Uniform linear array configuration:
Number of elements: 48
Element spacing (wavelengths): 0.25
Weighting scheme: hamming
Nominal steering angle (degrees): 60
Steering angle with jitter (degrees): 60.563
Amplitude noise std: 0.05
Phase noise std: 0.05

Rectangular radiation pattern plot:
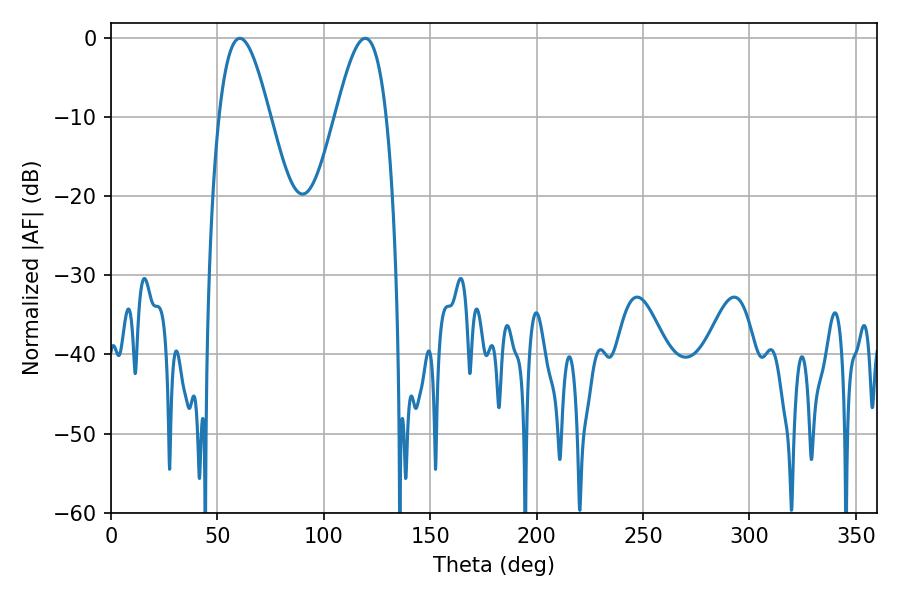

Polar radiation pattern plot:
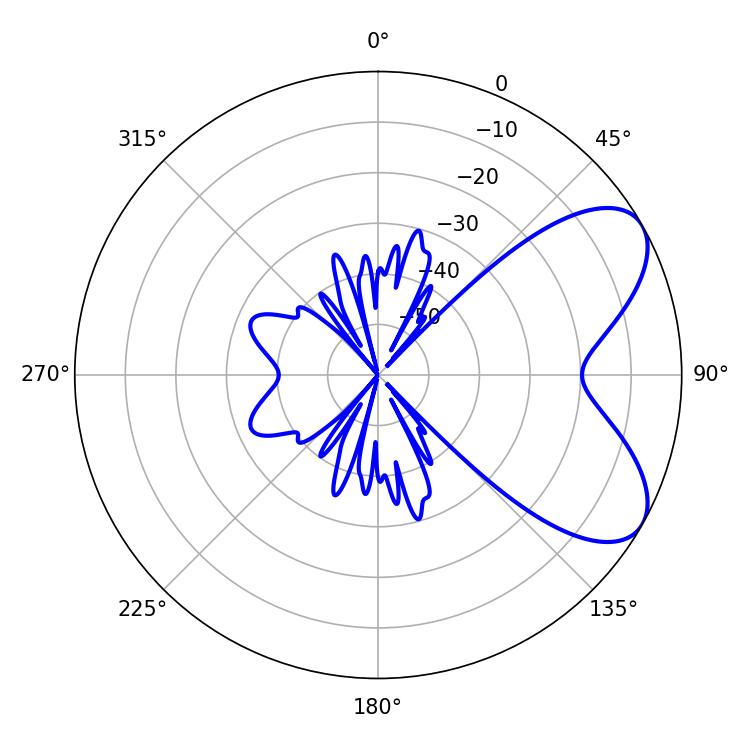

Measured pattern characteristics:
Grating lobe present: FALSE
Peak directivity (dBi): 6.614
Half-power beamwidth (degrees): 12.96
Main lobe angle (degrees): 60.48